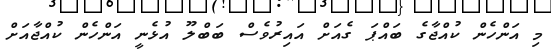
މި އަންހެން ކުއްޖާގެ ބައްޕަ ގެއަށް އައިރުވެސް ބަބްލޫ އުޅެނީ އަންހެން ކުއްޖާއަށް